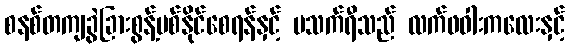
စနစ်တကျခွဲခြားစွန့်ပစ်နိုင်စေရန်နှင့် မသက်ရီသည် လက်ဖဝါးကလေးနှင့်